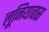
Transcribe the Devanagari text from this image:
लूनियावास